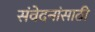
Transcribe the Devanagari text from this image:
संवेदनांसाठी